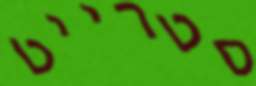
סטרייט